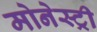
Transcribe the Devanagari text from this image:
मोनेस्‍ट्री